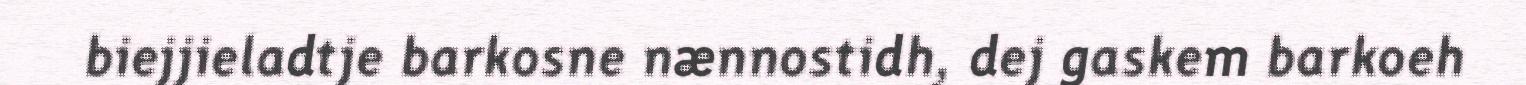
biejjieladtje barkosne nænnostidh, dej gaskem barkoeh